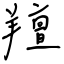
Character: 羶